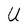
Character: U